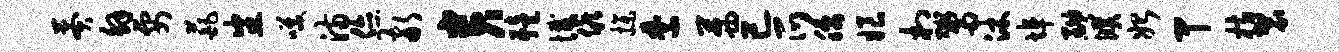
莽解要葩番笑满您敬贵殪憾候操禁茜已爪腰娘村鬻沐埠黝濮始甲枋袈